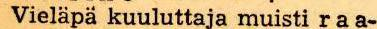
 Vieläpä kuuluttaja muisti raa-